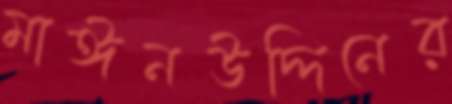
মাঈনউদ্দিনের